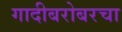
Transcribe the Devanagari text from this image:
गादीबरोबरचा